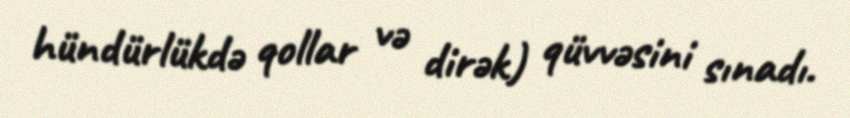
hündürlükdə qollar və dirək) qüvvəsini sınadı.